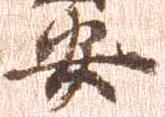
安